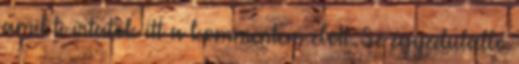
amit ti írtatok itt a kommentem előtt. Se egyedülálló